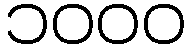
၁၀၀၀